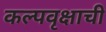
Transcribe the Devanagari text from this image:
कल्पवृक्षाची